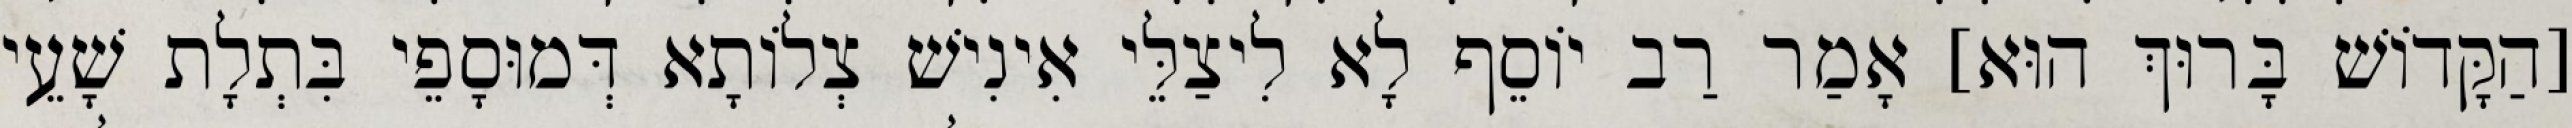
[הַקָּדוֹשׁ בָּרוּךְ הוּא] אָמַר רַב יוֹסֵף לָא לִיצַלֵּי אִינִישׁ צְלוֹתָא דְּמוּסָפֵי בִּתְלָת שָׁעֵי